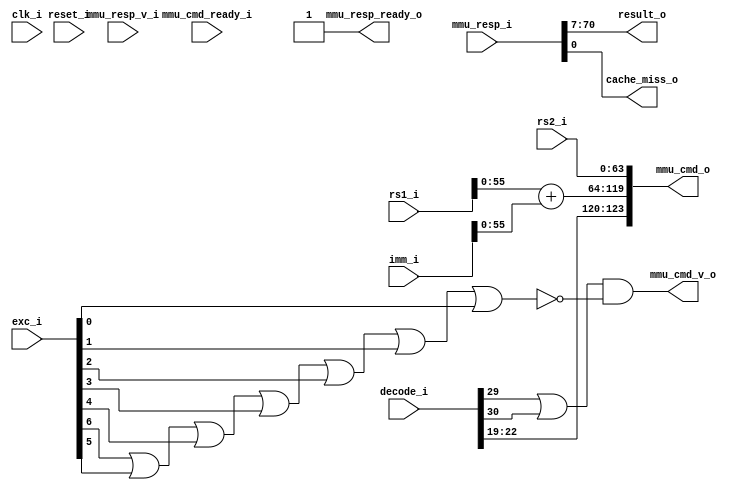
// This program was cloned from: https://github.com/NYU-MLDA/OpenABC
// License: BSD 3-Clause "New" or "Revised" License

module bp_be_pipe_mem_vaddr_width_p56_lce_sets_p64_cce_block_size_in_bytes_p64
(
  clk_i,
  reset_i,
  decode_i,
  rs1_i,
  rs2_i,
  imm_i,
  exc_i,
  mmu_cmd_o,
  mmu_cmd_v_o,
  mmu_cmd_ready_i,
  mmu_resp_i,
  mmu_resp_v_i,
  mmu_resp_ready_o,
  result_o,
  cache_miss_o
);

  input [42:0] decode_i;
  input [63:0] rs1_i;
  input [63:0] rs2_i;
  input [63:0] imm_i;
  input [6:0] exc_i;
  output [123:0] mmu_cmd_o;
  input [70:0] mmu_resp_i;
  output [63:0] result_o;
  input clk_i;
  input reset_i;
  input mmu_cmd_ready_i;
  input mmu_resp_v_i;
  output mmu_cmd_v_o;
  output mmu_resp_ready_o;
  output cache_miss_o;
  wire [123:0] mmu_cmd_o;
  wire [63:0] result_o;
  wire mmu_cmd_v_o,mmu_resp_ready_o,cache_miss_o,N0,N1,N2,N3,N4,N5,N6,N7;
  assign mmu_resp_ready_o = 1'b1;
  assign mmu_cmd_o[123] = decode_i[22];
  assign mmu_cmd_o[122] = decode_i[21];
  assign mmu_cmd_o[121] = decode_i[20];
  assign mmu_cmd_o[120] = decode_i[19];
  assign mmu_cmd_o[63] = rs2_i[63];
  assign mmu_cmd_o[62] = rs2_i[62];
  assign mmu_cmd_o[61] = rs2_i[61];
  assign mmu_cmd_o[60] = rs2_i[60];
  assign mmu_cmd_o[59] = rs2_i[59];
  assign mmu_cmd_o[58] = rs2_i[58];
  assign mmu_cmd_o[57] = rs2_i[57];
  assign mmu_cmd_o[56] = rs2_i[56];
  assign mmu_cmd_o[55] = rs2_i[55];
  assign mmu_cmd_o[54] = rs2_i[54];
  assign mmu_cmd_o[53] = rs2_i[53];
  assign mmu_cmd_o[52] = rs2_i[52];
  assign mmu_cmd_o[51] = rs2_i[51];
  assign mmu_cmd_o[50] = rs2_i[50];
  assign mmu_cmd_o[49] = rs2_i[49];
  assign mmu_cmd_o[48] = rs2_i[48];
  assign mmu_cmd_o[47] = rs2_i[47];
  assign mmu_cmd_o[46] = rs2_i[46];
  assign mmu_cmd_o[45] = rs2_i[45];
  assign mmu_cmd_o[44] = rs2_i[44];
  assign mmu_cmd_o[43] = rs2_i[43];
  assign mmu_cmd_o[42] = rs2_i[42];
  assign mmu_cmd_o[41] = rs2_i[41];
  assign mmu_cmd_o[40] = rs2_i[40];
  assign mmu_cmd_o[39] = rs2_i[39];
  assign mmu_cmd_o[38] = rs2_i[38];
  assign mmu_cmd_o[37] = rs2_i[37];
  assign mmu_cmd_o[36] = rs2_i[36];
  assign mmu_cmd_o[35] = rs2_i[35];
  assign mmu_cmd_o[34] = rs2_i[34];
  assign mmu_cmd_o[33] = rs2_i[33];
  assign mmu_cmd_o[32] = rs2_i[32];
  assign mmu_cmd_o[31] = rs2_i[31];
  assign mmu_cmd_o[30] = rs2_i[30];
  assign mmu_cmd_o[29] = rs2_i[29];
  assign mmu_cmd_o[28] = rs2_i[28];
  assign mmu_cmd_o[27] = rs2_i[27];
  assign mmu_cmd_o[26] = rs2_i[26];
  assign mmu_cmd_o[25] = rs2_i[25];
  assign mmu_cmd_o[24] = rs2_i[24];
  assign mmu_cmd_o[23] = rs2_i[23];
  assign mmu_cmd_o[22] = rs2_i[22];
  assign mmu_cmd_o[21] = rs2_i[21];
  assign mmu_cmd_o[20] = rs2_i[20];
  assign mmu_cmd_o[19] = rs2_i[19];
  assign mmu_cmd_o[18] = rs2_i[18];
  assign mmu_cmd_o[17] = rs2_i[17];
  assign mmu_cmd_o[16] = rs2_i[16];
  assign mmu_cmd_o[15] = rs2_i[15];
  assign mmu_cmd_o[14] = rs2_i[14];
  assign mmu_cmd_o[13] = rs2_i[13];
  assign mmu_cmd_o[12] = rs2_i[12];
  assign mmu_cmd_o[11] = rs2_i[11];
  assign mmu_cmd_o[10] = rs2_i[10];
  assign mmu_cmd_o[9] = rs2_i[9];
  assign mmu_cmd_o[8] = rs2_i[8];
  assign mmu_cmd_o[7] = rs2_i[7];
  assign mmu_cmd_o[6] = rs2_i[6];
  assign mmu_cmd_o[5] = rs2_i[5];
  assign mmu_cmd_o[4] = rs2_i[4];
  assign mmu_cmd_o[3] = rs2_i[3];
  assign mmu_cmd_o[2] = rs2_i[2];
  assign mmu_cmd_o[1] = rs2_i[1];
  assign mmu_cmd_o[0] = rs2_i[0];
  assign result_o[63] = mmu_resp_i[70];
  assign result_o[62] = mmu_resp_i[69];
  assign result_o[61] = mmu_resp_i[68];
  assign result_o[60] = mmu_resp_i[67];
  assign result_o[59] = mmu_resp_i[66];
  assign result_o[58] = mmu_resp_i[65];
  assign result_o[57] = mmu_resp_i[64];
  assign result_o[56] = mmu_resp_i[63];
  assign result_o[55] = mmu_resp_i[62];
  assign result_o[54] = mmu_resp_i[61];
  assign result_o[53] = mmu_resp_i[60];
  assign result_o[52] = mmu_resp_i[59];
  assign result_o[51] = mmu_resp_i[58];
  assign result_o[50] = mmu_resp_i[57];
  assign result_o[49] = mmu_resp_i[56];
  assign result_o[48] = mmu_resp_i[55];
  assign result_o[47] = mmu_resp_i[54];
  assign result_o[46] = mmu_resp_i[53];
  assign result_o[45] = mmu_resp_i[52];
  assign result_o[44] = mmu_resp_i[51];
  assign result_o[43] = mmu_resp_i[50];
  assign result_o[42] = mmu_resp_i[49];
  assign result_o[41] = mmu_resp_i[48];
  assign result_o[40] = mmu_resp_i[47];
  assign result_o[39] = mmu_resp_i[46];
  assign result_o[38] = mmu_resp_i[45];
  assign result_o[37] = mmu_resp_i[44];
  assign result_o[36] = mmu_resp_i[43];
  assign result_o[35] = mmu_resp_i[42];
  assign result_o[34] = mmu_resp_i[41];
  assign result_o[33] = mmu_resp_i[40];
  assign result_o[32] = mmu_resp_i[39];
  assign result_o[31] = mmu_resp_i[38];
  assign result_o[30] = mmu_resp_i[37];
  assign result_o[29] = mmu_resp_i[36];
  assign result_o[28] = mmu_resp_i[35];
  assign result_o[27] = mmu_resp_i[34];
  assign result_o[26] = mmu_resp_i[33];
  assign result_o[25] = mmu_resp_i[32];
  assign result_o[24] = mmu_resp_i[31];
  assign result_o[23] = mmu_resp_i[30];
  assign result_o[22] = mmu_resp_i[29];
  assign result_o[21] = mmu_resp_i[28];
  assign result_o[20] = mmu_resp_i[27];
  assign result_o[19] = mmu_resp_i[26];
  assign result_o[18] = mmu_resp_i[25];
  assign result_o[17] = mmu_resp_i[24];
  assign result_o[16] = mmu_resp_i[23];
  assign result_o[15] = mmu_resp_i[22];
  assign result_o[14] = mmu_resp_i[21];
  assign result_o[13] = mmu_resp_i[20];
  assign result_o[12] = mmu_resp_i[19];
  assign result_o[11] = mmu_resp_i[18];
  assign result_o[10] = mmu_resp_i[17];
  assign result_o[9] = mmu_resp_i[16];
  assign result_o[8] = mmu_resp_i[15];
  assign result_o[7] = mmu_resp_i[14];
  assign result_o[6] = mmu_resp_i[13];
  assign result_o[5] = mmu_resp_i[12];
  assign result_o[4] = mmu_resp_i[11];
  assign result_o[3] = mmu_resp_i[10];
  assign result_o[2] = mmu_resp_i[9];
  assign result_o[1] = mmu_resp_i[8];
  assign result_o[0] = mmu_resp_i[7];
  assign cache_miss_o = mmu_resp_i[0];
  assign mmu_cmd_o[119:64] = rs1_i[55:0] + imm_i[55:0];
  assign mmu_cmd_v_o = N0 & N7;
  assign N0 = decode_i[29] | decode_i[30];
  assign N7 = ~N6;
  assign N6 = N5 | exc_i[0];
  assign N5 = N4 | exc_i[1];
  assign N4 = N3 | exc_i[2];
  assign N3 = N2 | exc_i[3];
  assign N2 = N1 | exc_i[4];
  assign N1 = exc_i[6] | exc_i[5];

endmodule